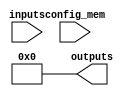
module generic_gal (
    input wire [N-1:0] inputs,   // N input lines
    output wire [M-1:0] outputs,  // M output lines
    input wire [P-1:0] config_mem // Configuration memory
);

// Parameter definitions for the number of inputs, outputs, and AND gates
parameter N = 8;    // Number of input lines
parameter M = 4;    // Number of output lines
parameter P = 16;   // Number of AND gates

// Internal signals for AND gates
wire [P-1:0] and_out;

// Generate AND gates based on configuration memory
genvar i, j;
generate
    for (i = 0; i < P; i = i + 1) begin: and_gate
        wire [N-1:0] and_inputs;
        
        // Select inputs for the ith AND gate based on configuration memory
        for (j = 0; j < N; j = j + 1) begin
            assign and_inputs[j] = config_mem[i*N + j] ? inputs[j] : ~inputs[j];
        end
        
        // AND gate output
        assign and_out[i] = &and_inputs;
    end
endgenerate

// Outputs for OR gates
generate
    for (j = 0; j < M; j = j + 1) begin: or_gate
        wire [P-1:0] or_inputs;
        
        // Select AND gates for the jth output based on configuration memory
        for (i = 0; i < P; i = i + 1) begin
            assign or_inputs[i] = config_mem[P + j*P + i] ? and_out[i] : 1'b0;
        end
        
        // OR gate output
        assign outputs[j] = |or_inputs;
    end
endgenerate

endmodule